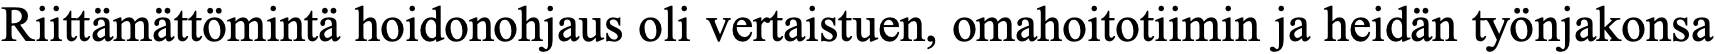
Riittämättömintä hoidonohjaus oli vertaistuen, omahoitotiimin ja heidän työnjakonsa